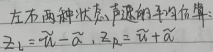
在两种状态，声速的平均值为：
\(z_{1}=\widetilde{u}-\widetilde{\alpha}\)，\(z_{2}=\widetilde{u}+\widetilde{\alpha}\)